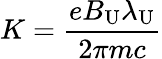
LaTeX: K=\frac{eB_{\mathrm{U}}\lambda_{\mathrm{U}}}{2\pi mc}